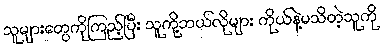
သူများတွေကိုကြည့်ပြီး သူကို့ဘယ်လိုများ ကိုယ်နဲ့မသိတဲ့သူကို